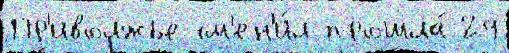
Пр'иволжье см'ен'и́л прошла́ 29